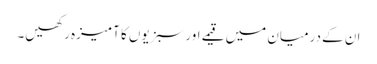
ان کے درمیان میں قیمے اور سبزیوں کا آمیزہ رکھیں۔